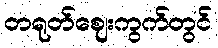
တရုတ်ဈေးကွက်တွင်